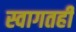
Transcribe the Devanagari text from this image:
स्वागतही